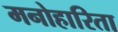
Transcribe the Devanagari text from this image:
मनोहारिता